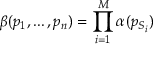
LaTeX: \beta ( p _ { 1 } , . . . \, , p _ { n } ) = \prod _ { i = 1 } ^ { M } \alpha ( p _ { S _ { i } } )